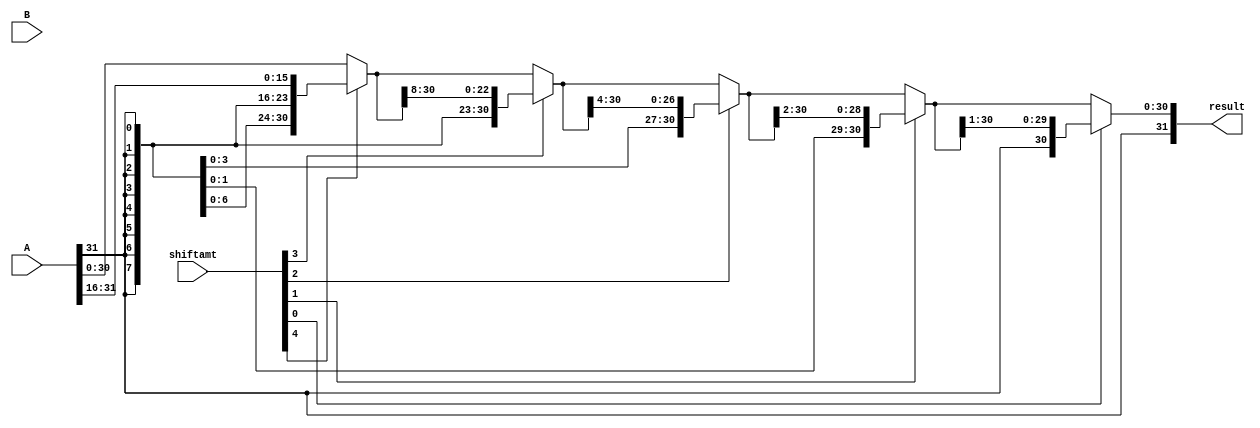
module sraCalc(A, B, shiftamt, result);
    input [31:0] A, B;
    input [4:0] shiftamt;

    output [31:0] result;

    wire [31:0] shift_16bit, shift_8bit, shift_4bit, shift_2bit;

    assign shift_16bit = shiftamt[4] ? {{16{A[31]}}, A[31:16]} : A;
    assign shift_8bit = shiftamt[3] ? {{8{shift_16bit[31]}}, shift_16bit[31:8]} : shift_16bit;
    assign shift_4bit = shiftamt[2] ? {{4{shift_8bit[31]}}, shift_8bit[31: 4]} : shift_8bit;
    assign shift_2bit = shiftamt[1] ? {{2{shift_4bit[31]}}, shift_4bit[31:2]} : shift_4bit;
    assign result = shiftamt[0] ? {shift_2bit[31], shift_2bit[31:1]} : shift_2bit;

endmodule